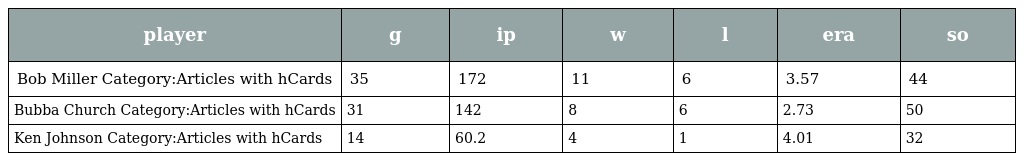
| player | g | ip | w | l | era | so |
 | --- | --- | --- | --- | --- | --- | --- |
 | Bob Miller Category:Articles with hCards | 35 | 172 | 11 | 6 | 3.57 | 44 |
 | Bubba Church Category:Articles with hCards | 31 | 142 | 8 | 6 | 2.73 | 50 |
 | Ken Johnson Category:Articles with hCards | 14 | 60.2 | 4 | 1 | 4.01 | 32 |